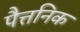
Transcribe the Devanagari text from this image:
पैत्तनिक